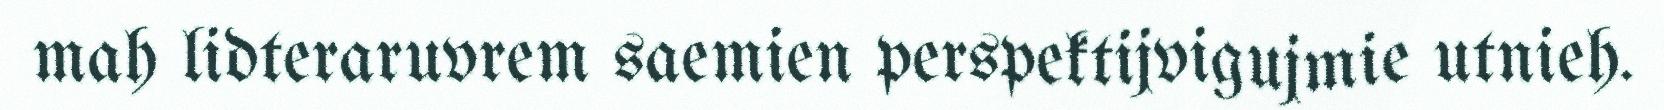
mah lidteraruvrem saemien perspektijvigujmie utnieh.